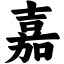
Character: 嘉